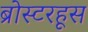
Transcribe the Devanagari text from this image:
ब्रोस्टरहूस